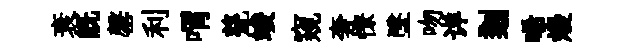
衰既罄利喟甆竣窺奢憭墜吻详剗唏熳